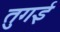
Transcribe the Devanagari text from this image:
तुगई